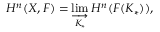
H ^ { n } ( X , F ) = \varinjlim _ { K _ { * } } H ^ { n } ( F ( K _ { * } ) ) ,